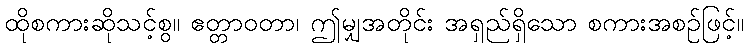
ထိုစကားဆိုသင့်စွ။ ဧတ္တာဝတာ၊ ဤမျှအတိုင်း အရှည်ရှိသော စကားအစဉ်ဖြင့်။